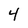
Character: 4